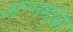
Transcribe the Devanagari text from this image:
अन्नमांबा